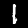
Digit: 1